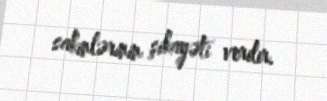
sakinlərinin şikayəti verilir.